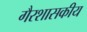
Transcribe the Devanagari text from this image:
गैरशासकीय